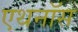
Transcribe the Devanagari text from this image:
एथनॉस